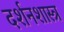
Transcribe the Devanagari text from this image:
दर्शनशास्‍त्र